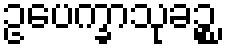
ဥပေက္ခာသုခဉ္စ